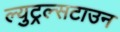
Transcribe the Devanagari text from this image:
ल्युट्रल्सटाउन